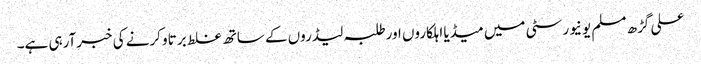
علی گڑھ مسلم یونیورسٹی میں میڈیا اہلکاروں اورطلبہ لیڈروں کے ساتھ غلط برتاو کرنے کی خبرآرہی ہے۔